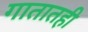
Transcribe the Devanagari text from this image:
गातातही